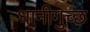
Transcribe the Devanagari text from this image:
धानीगुच्छ